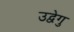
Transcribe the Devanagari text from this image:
उद्वेगु